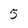
Character: 5